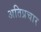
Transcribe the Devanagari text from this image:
अतिप्रचार